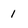
Character: 1